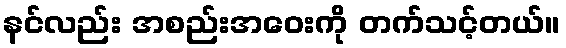
နင်လည်း အစည်းအဝေးကို တက်သင့်တယ်။